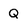
Character: Q